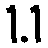
1.1